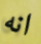
انه